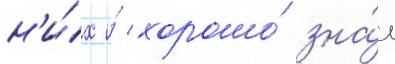
н'и́х и́ хорошо́ зна́л